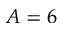
A = 6